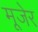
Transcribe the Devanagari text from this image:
मूजेर